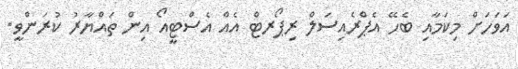
އަވަހަށް މިކަމާއި ބެހޭ އެޕްރެއިސަލް ރިޕޯރޓް އެއް އެސްޓީއޯ އިން ތައްޔާރު ކުރަންވީ.